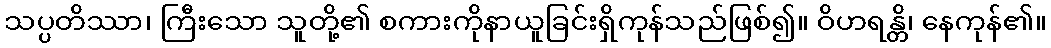
သပ္ပတိဿာ၊ ကြီးသော သူတို့၏ စကားကိုနာယူခြင်းရှိကုန်သည်ဖြစ်၍။ ဝိဟရန္တိ၊ နေကုန်၏။